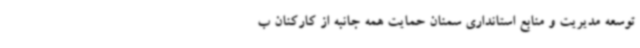
توسعه مدیریت و منابع استانداری سمنان حمایت همه جانبه از کارکنان ب